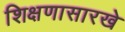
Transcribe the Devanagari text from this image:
शिक्षणासारखे